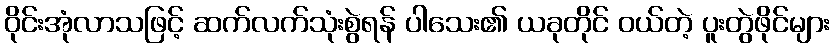
ဝိုင်းအုံလာသဖြင့် ဆက်လက်သုံးစွဲရန် ပါသေး၏ ယခုတိုင် ဝယ်တဲ့ ပူးတွဲဖိုင်များ